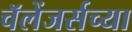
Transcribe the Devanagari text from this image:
चॅलेंजर्सच्या